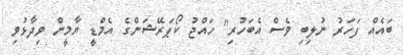
ބައެއް ފަހަރު ނުލިބި ވެސް އެބަހުރި" ހައްޖު ކޯޕަރޭޝަންގެ އެމްޑީ ޔާމީން ވިދާޅުވި